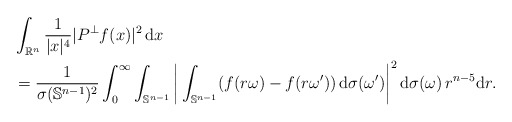
\begin{align*}&\int_{\mathbb{R}^n} \frac{1}{|x|^4} |P^\perp f(x)|^2 \, \mathrm{d}x \\& = \frac{1}{\sigma(\mathbb{S}^{n-1})^2} \int_0^{\infty} \int_{\mathbb{S}^{n-1}} \bigg| \int_{\mathbb{S}^{n-1}} (f(r\omega) - f(r\omega')) \, \mathrm{d}\sigma(\omega') \bigg|^2 \, \mathrm{d}\sigma(\omega) \, r^{n-5} \mathrm{d}r.\end{align*}